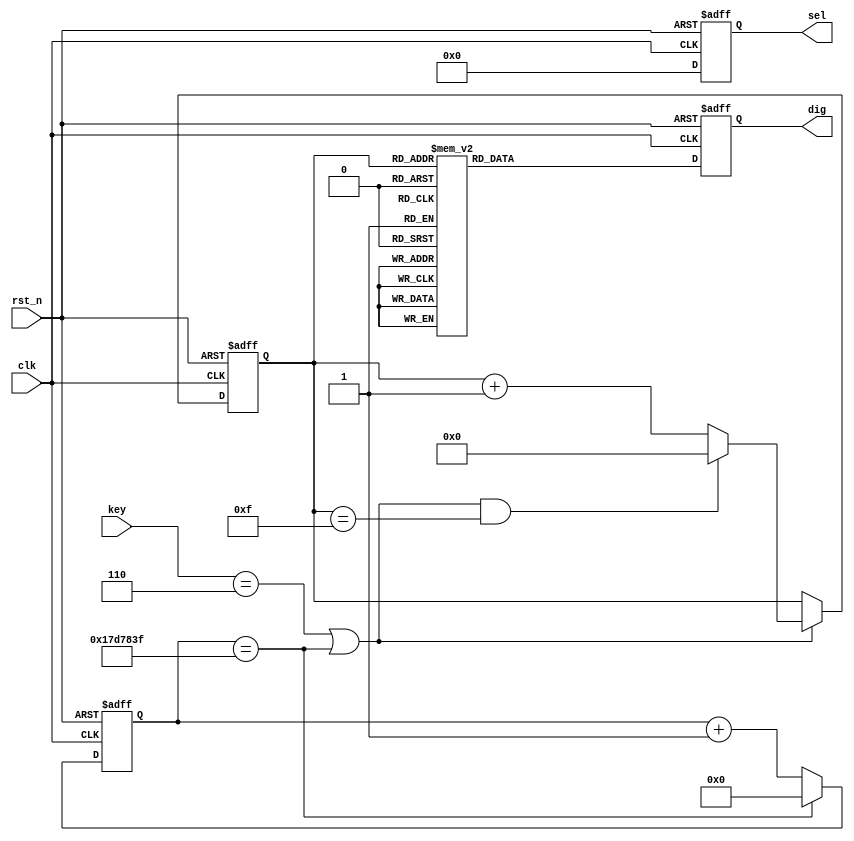
module seg_led#(parameter TIME_500MS = 25_000_000, 
                parameter ZER = 8'b1100_0000,
                          ONE = 8'b1111_1001,
                          TWO = 8'b1010_0100,
                          THR = 8'b1011_0000,
                          FOU = 8'b1001_1001,
                          FIV = 8'b1001_0010,
                          SIX = 8'b1000_0010,
                          SEV = 8'b1111_1000,
                          EIG = 8'b1000_0000,
                          NIN = 8'b1001_0000,
                          A   = 8'b1000_1000,
                          B   = 8'b1000_0011,
                          C   = 8'b1100_0110,
                          D   = 8'b1010_0001,
                          E   = 8'b1000_0110,
                          F   = 8'b1000_1110
                )(

    input                   clk,
    input                   rst_n,
    
    input          [2:0]    key,
    output  reg    [7:0]    dig,    //
    output  reg    [5:0]    sel

);

    reg     [24:0]  cnt;
    wire            add_cnt;
    wire            end_cnt;

    reg     [3:0]   cnt1;
    wire            add_cnt1;
    wire            end_cnt1;

    //500MS
    always @(posedge clk or negedge rst_n)begin
        if(!rst_n)
            cnt <= 25'd0;
        else if(add_cnt)
            if(end_cnt)
                cnt <= 25'd0;
            else
                cnt <= cnt + 1'b1;
        else
            cnt <= cnt;

    end

    assign add_cnt = key == 3'b110 || 1'b1;
    assign end_cnt = add_cnt && cnt == TIME_500MS - 1;

    //    
    always @(posedge clk or negedge rst_n)begin
        if(!rst_n)
            cnt1 <= 4'd0;
        else if(add_cnt1)
            if(end_cnt1)
                cnt1 <= 4'd0;
            else
                cnt1 <= cnt1 + 1'b1;
        else
            cnt1 <= cnt1;

    end

    assign add_cnt1 = key == 3'b110 || end_cnt;
    assign end_cnt1 = add_cnt1 && cnt1 == 16 - 1;


    //
    always @(posedge clk or negedge rst_n)begin

        if(!rst_n)
            sel <= 6'b111111;
        else
            sel <= 6'b000000;

    end

    always @(posedge clk or negedge rst_n)begin
        
        if(!rst_n)
            dig <= 8'b1111_1111;
        else begin
            
            case(cnt1)

                0  : dig <= ZER;
                1  : dig <= ONE;
                2  : dig <= TWO;
                3  : dig <= THR;
                4  : dig <= FOU;
                5  : dig <= FIV;
                6  : dig <= SIX;
                7  : dig <= SEV;
                8  : dig <= EIG;
                9  : dig <= NIN;
                10 : dig <= A  ;
                11 : dig <= B  ;
                12 : dig <= C  ;
                13 : dig <= D  ;
                14 : dig <= E  ;
                15 : dig <= F  ;
                default :      ;

            endcase

        end



    end






endmodule